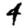
Digit: 4